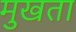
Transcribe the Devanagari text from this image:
मुखता